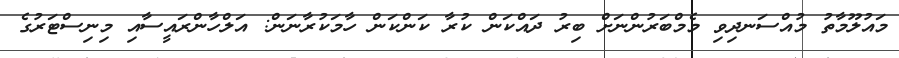
މައުލޫމާތު މުއްސަނދިވި މެމްބަރުންނަށް ބިރު ދައްކަން ކުރާ ކަންކަން ހާމަކުރާނަން: އަލްހާންރައީސާއި މިނިސްޓަރުގެ